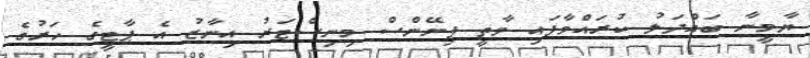
ޔާމީނާ ބައްދަލު ކުރައްވާފައި ވާތީ ފިނޭންސް މިނިސްޓަރު އިނާޒު އެ ޕާޓީގެ ހަރުގެ